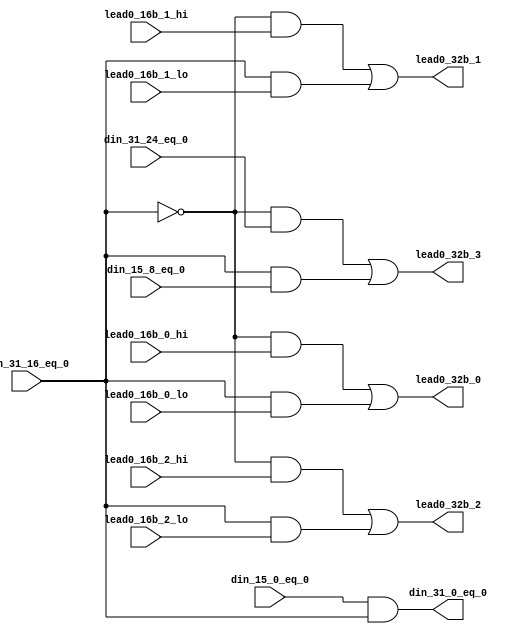
// ========== Copyright Header Begin ==========================================
// 
// OpenSPARC T1 Processor File: fpu_cnt_lead0_lvl4.v
// Copyright (c) 2006 Sun Microsystems, Inc.  All Rights Reserved.
// DO NOT ALTER OR REMOVE COPYRIGHT NOTICES.
// 
// The above named program is free software; you can redistribute it and/or
// modify it under the terms of the GNU General Public
// License version 2 as published by the Free Software Foundation.
// 
// The above named program is distributed in the hope that it will be 
// useful, but WITHOUT ANY WARRANTY; without even the implied warranty of
// MERCHANTABILITY or FITNESS FOR A PARTICULAR PURPOSE.  See the GNU
// General Public License for more details.
// 
// You should have received a copy of the GNU General Public
// License along with this work; if not, write to the Free Software
// Foundation, Inc., 51 Franklin St, Fifth Floor, Boston, MA 02110-1301, USA.
// 
// ========== Copyright Header End ============================================
///////////////////////////////////////////////////////////////////////////////
//
//	4th level of lead 0 counters.  Lead 0 count for 32 bits.
//
///////////////////////////////////////////////////////////////////////////////

module fpu_cnt_lead0_lvl4 (
	din_31_16_eq_0,
	din_31_24_eq_0,
	lead0_16b_2_hi,
	lead0_16b_1_hi,
	lead0_16b_0_hi,
	din_15_0_eq_0,
	din_15_8_eq_0,
	lead0_16b_2_lo,
	lead0_16b_1_lo,
	lead0_16b_0_lo,

	din_31_0_eq_0,
	lead0_32b_3,
	lead0_32b_2,
	lead0_32b_1,
	lead0_32b_0
);


input		din_31_16_eq_0;		// data in[31:16] is zero
input		din_31_24_eq_0;		// data in[31:24] is zero
input		lead0_16b_2_hi;		// bit[2] of lead 0 count- din[31:16]
input		lead0_16b_1_hi;		// bit[1] of lead 0 count- din[31:16]
input		lead0_16b_0_hi;		// bit[0] of lead 0 count- din[31:16]
input		din_15_0_eq_0;		// data in[15:0] is zero
input		din_15_8_eq_0;		// data in[15:8] is zero
input		lead0_16b_2_lo;		// bit[2] of lead 0 count- din[15:0]
input		lead0_16b_1_lo;		// bit[1] of lead 0 count- din[15:0]
input		lead0_16b_0_lo;		// bit[0] of lead 0 count- din[15:0]

output		din_31_0_eq_0;		// data in[31:0] is zero
output		lead0_32b_3;		// bit[3] of lead 0 count
output		lead0_32b_2;		// bit[2] of lead 0 count
output		lead0_32b_1;		// bit[1] of lead 0 count
output		lead0_32b_0;		// bit[0] of lead 0 count


wire		din_31_0_eq_0;
wire		lead0_32b_3;
wire		lead0_32b_2;
wire		lead0_32b_1;
wire		lead0_32b_0;


assign din_31_0_eq_0= din_15_0_eq_0 && din_31_16_eq_0;

assign lead0_32b_3= ((!din_31_16_eq_0) && din_31_24_eq_0)
		|| (din_31_16_eq_0 && din_15_8_eq_0);

assign lead0_32b_2= ((!din_31_16_eq_0) && lead0_16b_2_hi)
		|| (din_31_16_eq_0 && lead0_16b_2_lo);

assign lead0_32b_1= ((!din_31_16_eq_0) && lead0_16b_1_hi)
		|| (din_31_16_eq_0 && lead0_16b_1_lo);

assign lead0_32b_0= ((!din_31_16_eq_0) && lead0_16b_0_hi)
		|| (din_31_16_eq_0 && lead0_16b_0_lo);


endmodule